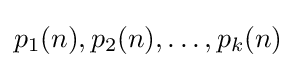
p_{1}(n),p_{2}(n),\dotsc ,p_{k}(n)